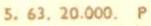
5. 63. 20.000. P